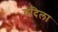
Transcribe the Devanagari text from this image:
वंदिला